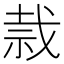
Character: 𰧸